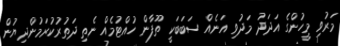
މަރުވި މީހުންގެ އަދަދު މަދުވި އަނެއް ސަބަބަކީ ތޫފާން ހުއްޓުމެއް ނެތި ދަތުރުކުރަމުންދިޔުން